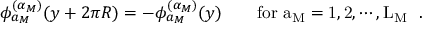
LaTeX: \phi _ { a _ { M } } ^ { ( \alpha _ { M } ) } ( y + 2 \pi R ) = - \phi _ { a _ { M } } ^ { ( \alpha _ { M } ) } ( y ) \qquad \mathrm { f o r ~ a _ { M } = 1 , 2 , \cdots , L _ { M } ~ } \ .